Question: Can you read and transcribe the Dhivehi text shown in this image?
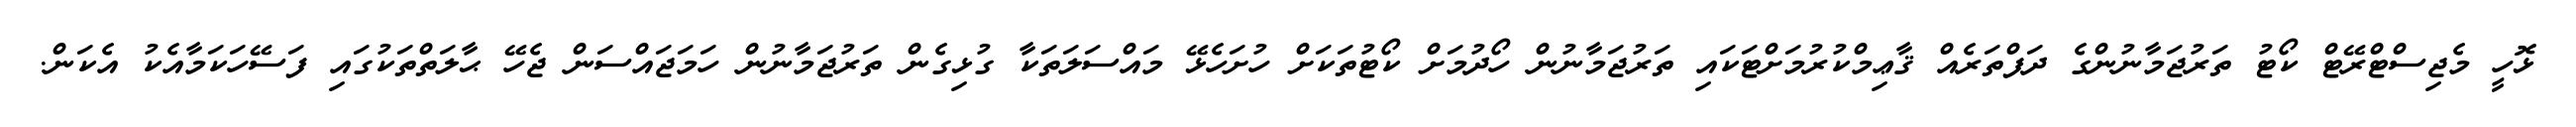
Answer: ޅޮހީ މެޖިސްޓްރޭޓް ކޯޓު ތަރުޖަމާނުންގެ ދަފްތަރެއް ޤާޢިމްކުރުމަށްޓަކައި ތަރުޖަމާނުން ހޯދުމަށް ކޯޓުތަކަށް ހުށަހެޅޭ މައްސަލަތަކާ ގުޅިގެން ތަރުޖަމާނުން ހަމަޖައްސަން ޖެހޭ ޙާލަތްތަކުގައި ފަސޭހަކަމާއެކު އެކަން.